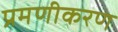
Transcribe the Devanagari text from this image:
प्रमणीकरण